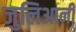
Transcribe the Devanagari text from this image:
जुलिआनी